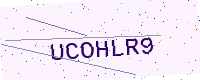
Text: UCOHLR9